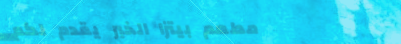
مطعم بيتزا الخبر يقدم لكم